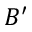
B ^ { \prime }